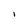
Character: 1